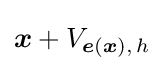
{\boldsymbol {x}}+V_{{\boldsymbol {e}}({\boldsymbol {x}}),\,h}